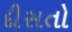
દીસતો